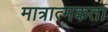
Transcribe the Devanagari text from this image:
मात्रात्मकता